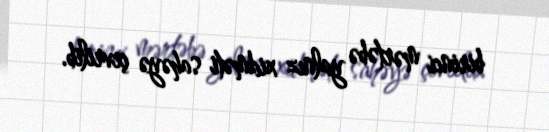
birinci mərtəbə yalnız xidməti sahəyə çevrilib.